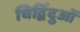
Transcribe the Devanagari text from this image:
चिद्विंदुओं